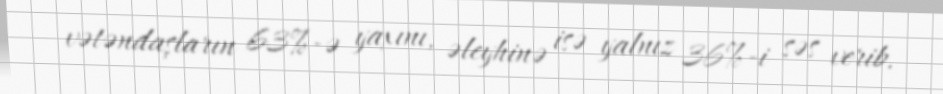
vətəndaşların 63%-ə yaxını, əleyhinə isə yalnız 36%-i səs verib.